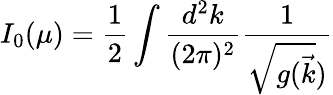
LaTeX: I_{0}(\mu)={\frac{1}{2}}\int\frac{d^{2}k}{(2\pi)^{2}}\frac{1}{\sqrt{g(\vec{k}})}